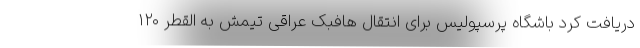
دریافت کرد باشگاه پرسپولیس برای انتقال هافبک عراقی تیمش به القطر ۱۲۰